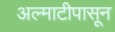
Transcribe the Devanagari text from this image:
अल्माटीपासून